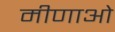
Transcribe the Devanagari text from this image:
मीणाओ